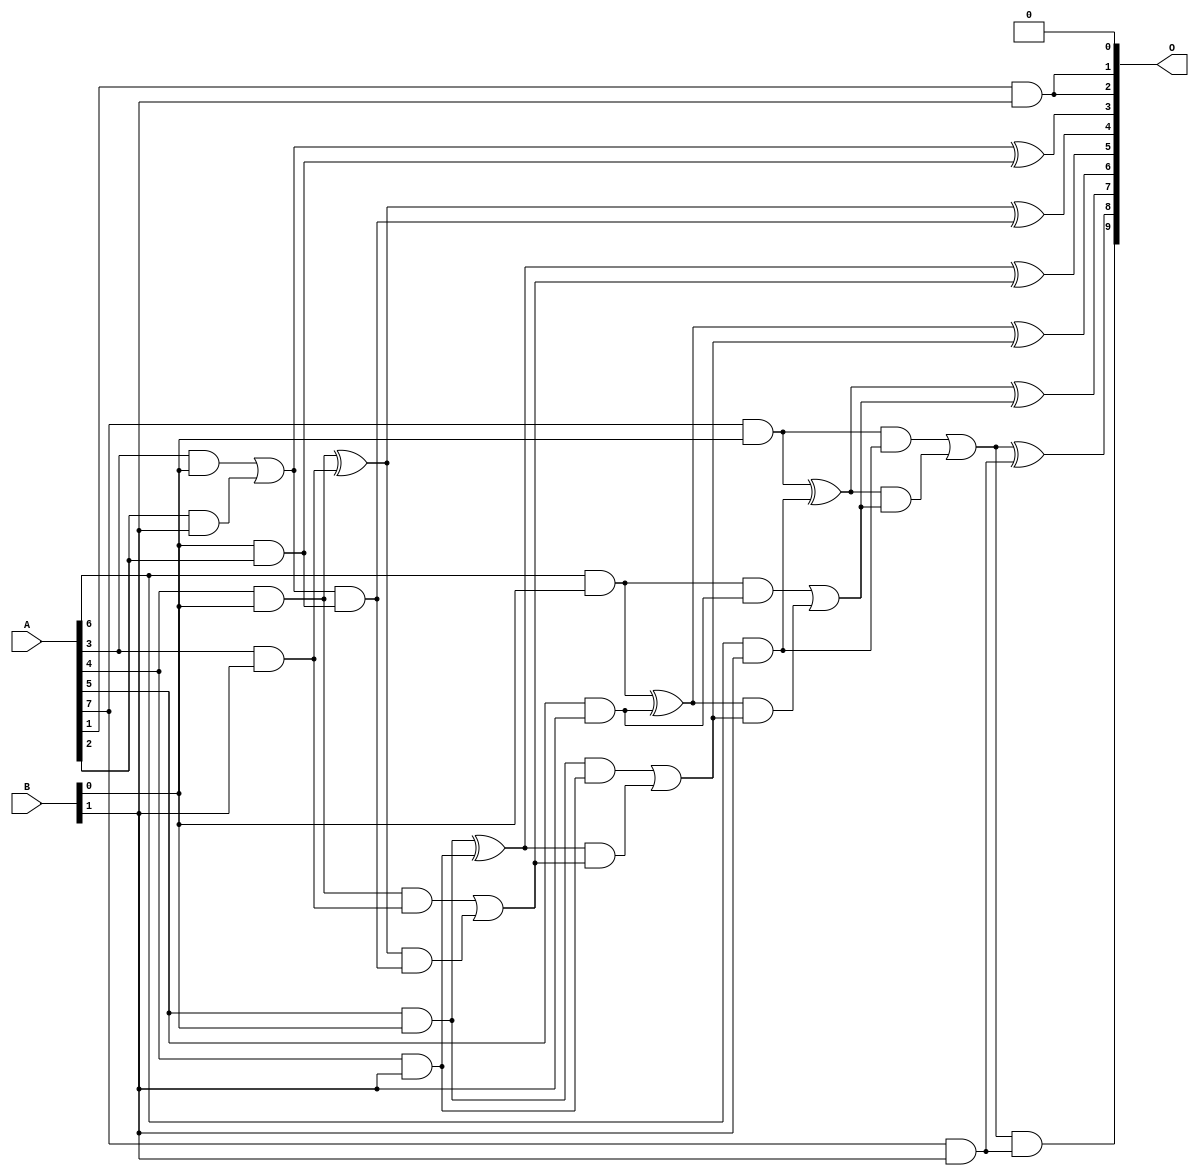
/***
* This code is a part of EvoApproxLib library (ehw.fit.vutbr.cz/approxlib) distributed under The MIT License.
* When used, please cite the following article(s): V. Mrazek, L. Sekanina, Z. Vasicek "Libraries of Approximate Circuits: Automated Design and Application in CNN Accelerators" IEEE Journal on Emerging and Selected Topics in Circuits and Systems, Vol 10, No 4, 2020 
* This file contains a circuit from a sub-set of pareto optimal circuits with respect to the pwr and mae parameters
***/
// MAE% = 0.14 %
// MAE = 1.4 
// WCE% = 0.68 %
// WCE = 7.0 
// WCRE% = 100.00 %
// EP% = 53.12 %
// MRE% = 2.72 %
// MSE = 5.0 
// PDK45_PWR = 0.025 mW
// PDK45_AREA = 84.5 um2
// PDK45_DELAY = 0.58 ns

module mul8x2u_0X3 (
    A,
    B,
    O
);

input [7:0] A;
input [1:0] B;
output [9:0] O;

wire sig_12,sig_13,sig_14,sig_15,sig_17,sig_19,sig_20,sig_21,sig_22,sig_23,sig_24,sig_25,sig_29,sig_33,sig_35,sig_36,sig_38,sig_39,sig_40,sig_41;
wire sig_42,sig_43,sig_44,sig_45,sig_46,sig_47,sig_48,sig_49,sig_50,sig_51,sig_52,sig_53,sig_54,sig_55,sig_56,sig_57,sig_58,sig_59;

assign sig_12 = A[6] & B[0];
assign sig_13 = A[3] & B[0];
assign sig_14 = A[4] & B[0];
assign sig_15 = A[5] & B[0];
assign sig_17 = A[7] & B[0];
assign sig_19 = A[1] & B[1];
assign sig_20 = A[2] & B[1];
assign sig_21 = A[3] & B[1];
assign sig_22 = A[4] & B[1];
assign sig_23 = A[5] & B[1];
assign sig_24 = A[6] & B[1];
assign sig_25 = A[7] & B[1];
assign sig_29 = B[0] & A[2];
assign sig_33 = sig_13 | sig_20;
assign sig_35 = sig_33 & sig_29;
assign sig_36 = sig_33 ^ sig_29;
assign sig_38 = sig_14 ^ sig_21;
assign sig_39 = sig_14 & sig_21;
assign sig_40 = sig_38 & sig_35;
assign sig_41 = sig_38 ^ sig_35;
assign sig_42 = sig_39 | sig_40;
assign sig_43 = sig_15 ^ sig_22;
assign sig_44 = sig_15 & sig_22;
assign sig_45 = sig_43 & sig_42;
assign sig_46 = sig_43 ^ sig_42;
assign sig_47 = sig_44 | sig_45;
assign sig_48 = sig_12 ^ sig_23;
assign sig_49 = sig_12 & sig_23;
assign sig_50 = sig_48 & sig_47;
assign sig_51 = sig_48 ^ sig_47;
assign sig_52 = sig_49 | sig_50;
assign sig_53 = sig_17 ^ sig_24;
assign sig_54 = sig_17 & sig_24;
assign sig_55 = sig_53 & sig_52;
assign sig_56 = sig_53 ^ sig_52;
assign sig_57 = sig_54 | sig_55;
assign sig_58 = sig_57 & sig_25;
assign sig_59 = sig_57 ^ sig_25;

assign O[9] = sig_58;
assign O[8] = sig_59;
assign O[7] = sig_56;
assign O[6] = sig_51;
assign O[5] = sig_46;
assign O[4] = sig_41;
assign O[3] = sig_36;
assign O[2] = sig_19;
assign O[1] = sig_19;
assign O[0] = 1'b0;

endmodule